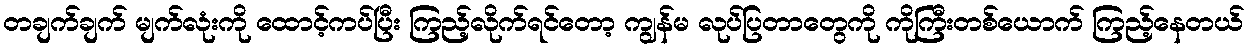
တချက်ချက် မျက်လုံးကို ထောင့်ကပ်ပြီး ကြည့်လိုက်ရင်တော့ ကျွန်မ လုပ်ပြတာတွေကို ကိုကြီးတစ်ယောက် ကြည့်နေတယ်